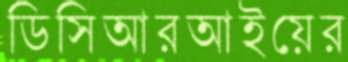
ডিসিআরআইয়ের